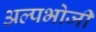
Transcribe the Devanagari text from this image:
अल्पभोजी